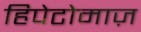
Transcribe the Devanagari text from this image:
हिपेटोमाज़